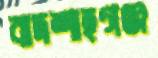
বাদশাহগঞ্জ